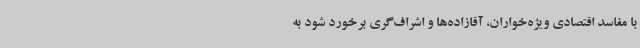
با مفاسد اقتصادی ویژه‌خواران، آقازاده‌ها و اشراف‌گری برخورد شود به